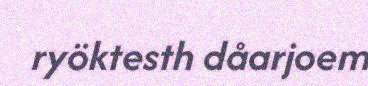
ryöktesth dåarjoem